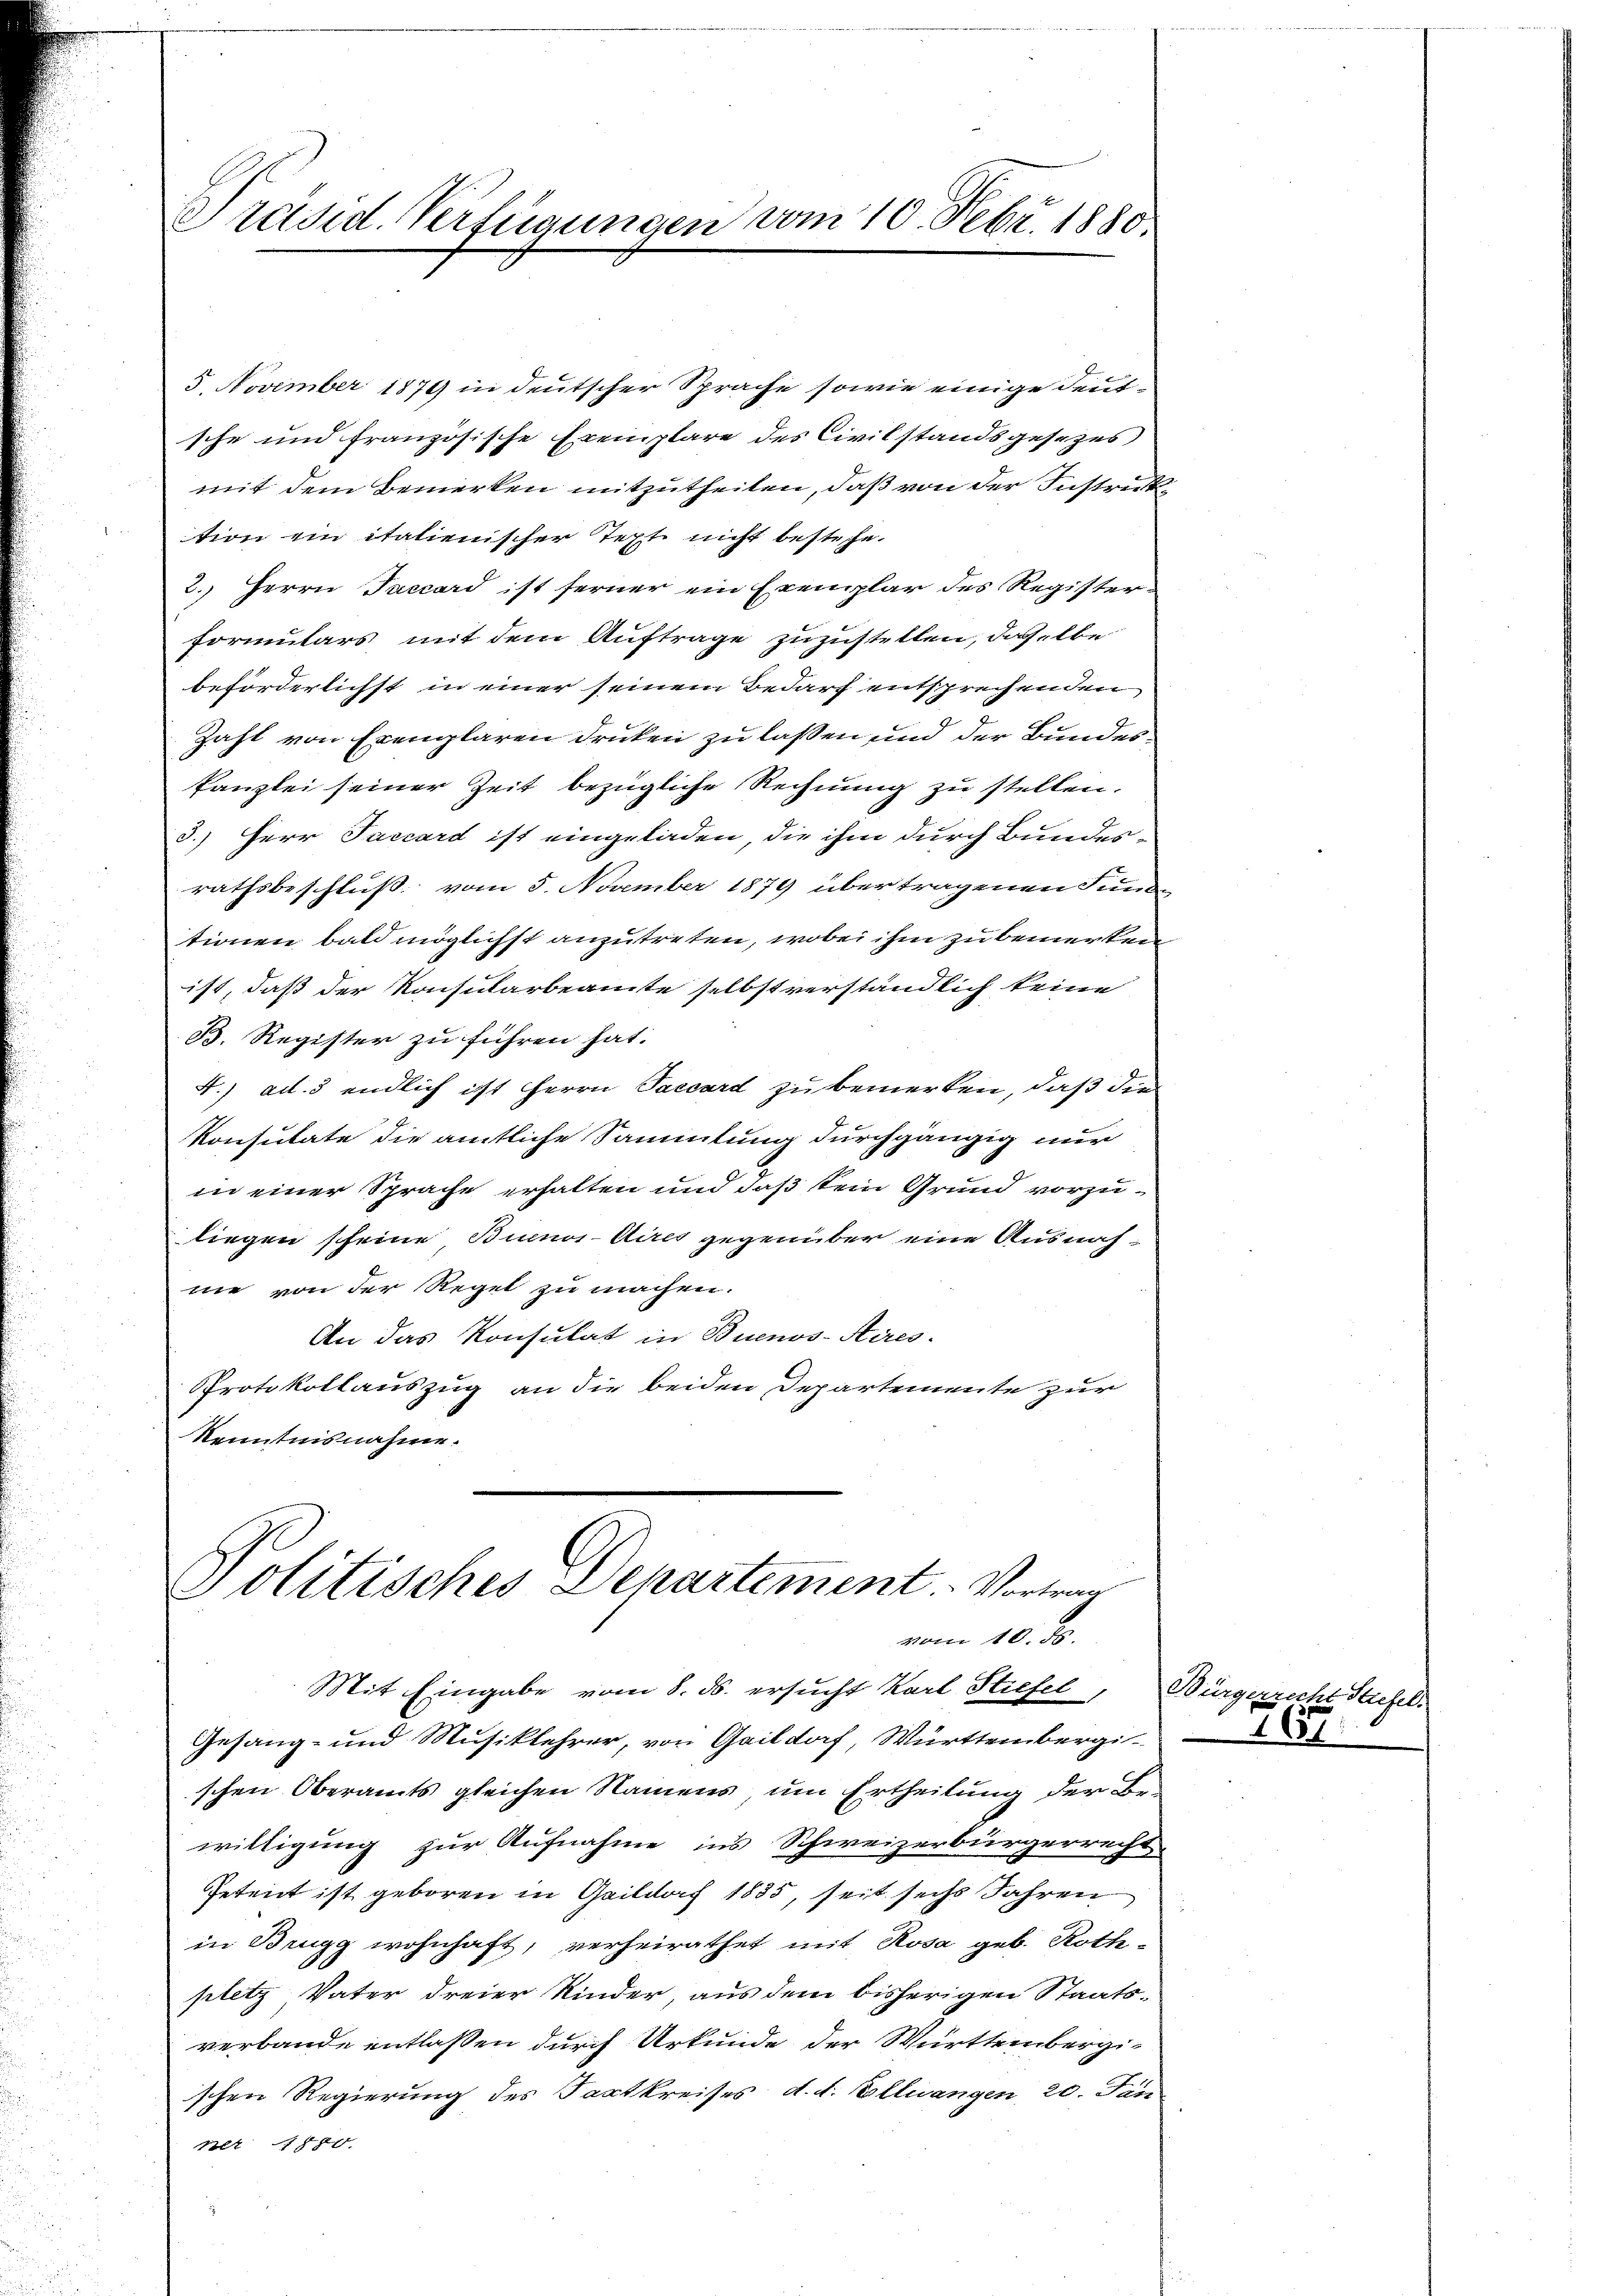
Präsid. Verfügungen vom 10. Febr. 1880.

5. November 1879 in deutscher Sprache sowie einige deutsche und französische Exemplare des Civilstandsgesezes
mit dem Bemerken mitzutheilen, daß von der Instruktion ein italienischer Text nicht bestehe.
2. Herrn Taccard ist ferner ein Exemplar des Registerformulars mit dem Auftrage zuzustellen, dasselbe
beförderlichst in einer seinem Bedarf entsprechenden
Zahl von Exemplaren drucken zu laßen und der Bundeskanzlei seiner Zeit bezügliche Rechnung zu stellen.
3.) Herr Saccard ist eingeladen, die ihm durch Bundes-
rathsbeschluß vom 5. November 1879 übertragenen Fund
tionen bald möglichst anzutreten, wobei ihm zu bemerken
ist, daß der Konsularbeamte selbst verständlich keine
B. Register zu führen hat.
4.) ad. 3 endlich ist Herrn Paccard zu bemerken, daß die
Konsulate die amtliche Sammlung durchgängig nur
in einer Sprache erhalten und daß sein Grund vorzuliegen scheine Buenos-Aires gegenüber eine Ausnahne von der Regel zu machen.
An das Konsulat in Buenos-Aires.
Protokollauszug an die beiden Departemente zur
Kenntnisnahme.

Politisches Departement. - Vortrag
vom 10. Js.

Mit Eingabe vom 8. ds. ersucht Karl Stiefel, Bürgerrecht Stiefel¬
Gesang- und Musiklehrer, von Gaildorf, Württembergi-
schen Oberamts gleichen Namens, um Ertheilung der Be-
willigung zur Aufnahme ins Schweizerbürgerrecht
Petent ist geboren in Gaildaf 1835, seit sechs Jahren
in Brugg wohnhaft, verheirathet mit Rosa geb. Roth-
pletz Vater dreier Kinder, aus dem bisherigen Staats-
verbande entlassen durch Urkunde der Württembergischen Regierung des Factkreises d. d. Elluangen, 20. Jän
ner 1880.

i

167